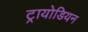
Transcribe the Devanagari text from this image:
ट्रायोडियन